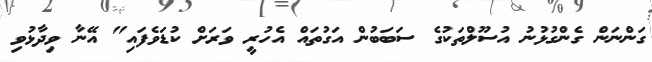
ގަންނަން ގެންގުޅުނު އުސޫލްތަކުގެ ސަބަބުން އަގުތައް އެހުރީ ވަރަށް ކުޑަވެފައި" އޭނާ ވިދާޅުވި